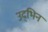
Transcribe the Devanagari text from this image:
उद्भिन